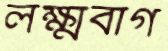
লক্ষ্মবাগ